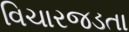
વિચારજડતા